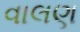
વાલણ